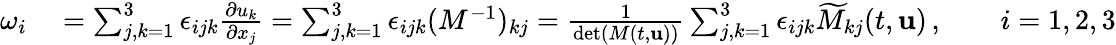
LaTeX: \begin{array}{rl}{\omega_{i}}&{{}=\sum_{j,k=1}^{3}\epsilon_{ijk}\frac{\partial u_{k}}{\partial x_{j}}=\sum_{j,k=1}^{3}\epsilon_{ijk}(M^{-1})_{kj}=\frac{1}{\operatorname*{det}(M(t,{\mathbf{u}}))}\sum_{j,k=1}^{3}\epsilon_{ijk}\widetilde{M}_{kj}(t,{\mathbf{u}})\, ,\qquad i=1,2,3}\end{array}